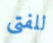
للفتى